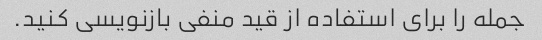
جمله را برای استفاده از قید منفی بازنویسی کنید.